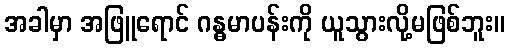
အခါမှာ အဖြူရောင် ဂန္ဓမာပန်းကို ယူသွားလို့မဖြစ်ဘူး။